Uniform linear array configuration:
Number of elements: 8
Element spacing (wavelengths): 1
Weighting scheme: binomial
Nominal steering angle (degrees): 15
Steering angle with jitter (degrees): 14.575
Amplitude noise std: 0.05
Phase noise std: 0.05

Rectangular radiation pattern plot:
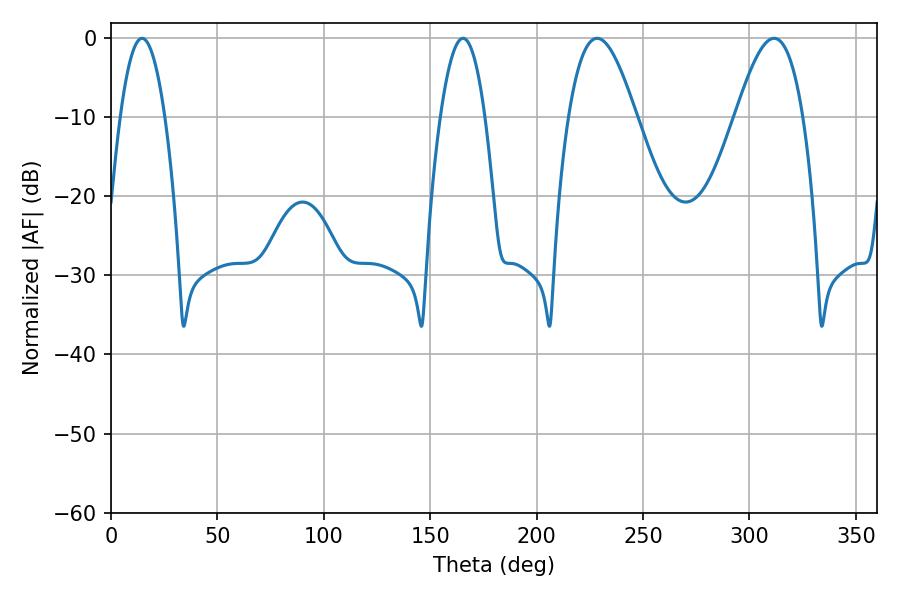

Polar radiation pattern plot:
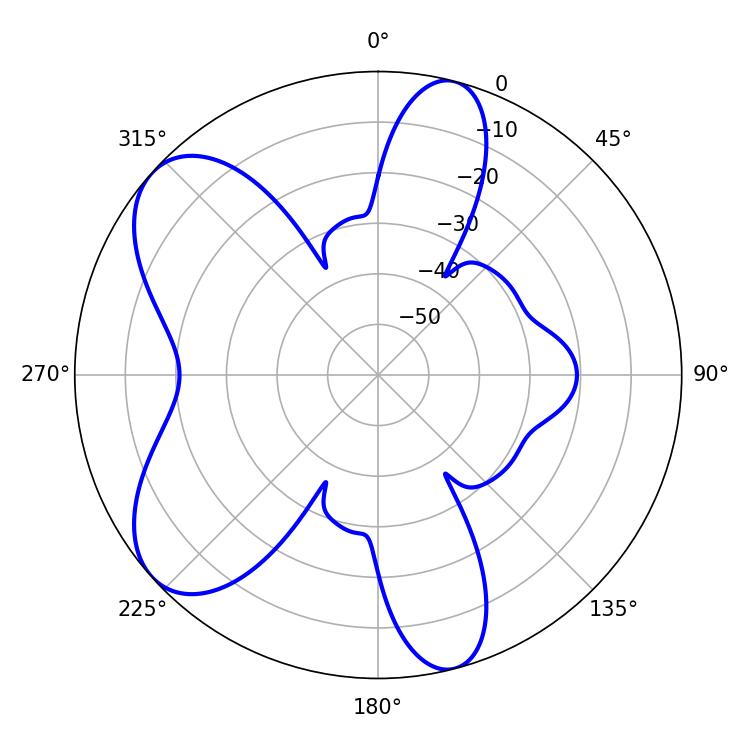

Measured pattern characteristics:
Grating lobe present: TRUE
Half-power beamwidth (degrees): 17.1
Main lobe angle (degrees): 228.42